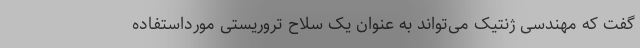
گفت که مهندسی ژنتیک می‌تواند به‌ عنوان یک سلاح تروریستی مورداستفاده